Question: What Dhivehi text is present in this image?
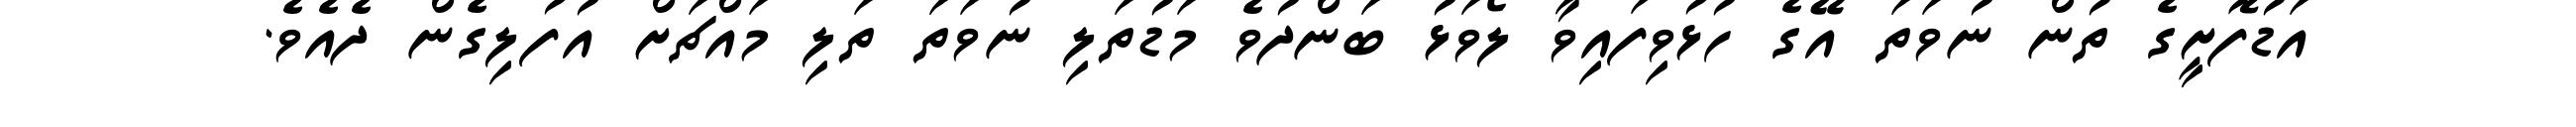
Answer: އަޑުފޮށީގެ ތުން ނުވަތަ އޭގެ ހުޅުވިފައިވާ ލޯވަޅު ބަންދުވެ މަޑުތަލި ނުވަތަ ތަލި މައްޗަށް އުފުލިގެން ދެއެވެ.